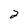
Character: 2